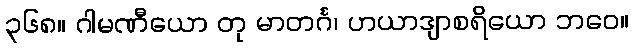
၃၆၈။ ဂါမဏီယော တု မာတင်္ဂ၊ ဟယာဒျာစရိယော ဘဝေ။